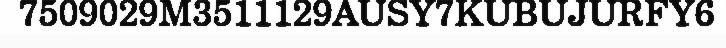
7509029M3511129AUSY7KUBUJURFY6